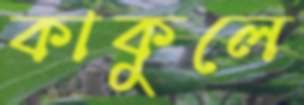
কাকুলে